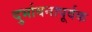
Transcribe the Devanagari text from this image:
दुर्भावनापूर्वक